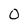
Character: 0